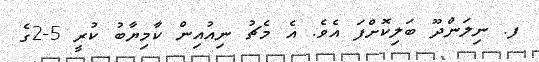
ފ. ނިލަންދޫ ބަލިކޮށްފަ އެވެ. އެ މެޗު ނިއުއިން ކާމިޔާބު ކުރީ 5-2ގެ